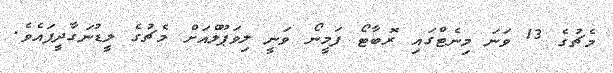
މެޗުގެ 13 ވަނަ މިނެޓްގައި ރޮބާޓޯ ފަމީނޯ ވަނީ ލިވަޕޫލްއަށް މެޗުގެ ލީޑުނަގާދީފައެވެ.